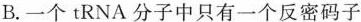
B. 一个 tRNA分子中只有一个反密码子